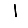
Digit: 1